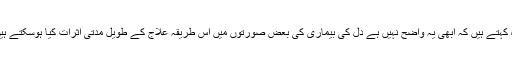
وہ کہتے ہیں کہ ابھی یہ واضح نہیں ہے دل کی بیماری کی بعض صورتوں میں اس طریقہ علاج کے طویل مدتی اثرات کیا ہوسکتے ہیں۔